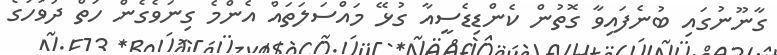
ގާނޫނުގައި ބުނެފައިވާ ގޮތުން ކެންޑިޑެސީއާ ގުޅޭ މައްސަލަތައް އެންމެ ގިނަވެގެން ހަތް ދުވަހުގެ